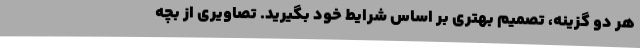
هر دو گزینه، تصمیم بهتری بر اساس شرایط خود بگیرید. تصاویری از بچه